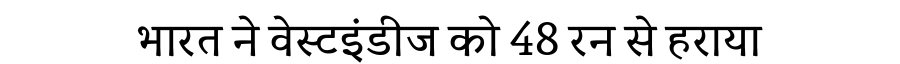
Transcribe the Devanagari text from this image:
भारत ने वेस्टइंडीज को 48 रन से हराया